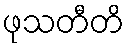
ဖုသတီတိ